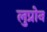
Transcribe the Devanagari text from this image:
लुप्रोन